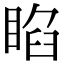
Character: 𥇌